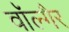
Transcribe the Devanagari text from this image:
वॉल्गैर